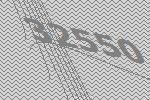
32550